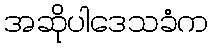
အဆိုပါဒေသခံက